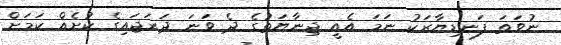
ނުވަތަ ފަނޑިޔާރަކު ނަމަ އެއީ ޖިނާޔަތުގެ ދެ ވަނަ ދަރަޖައިގެ ކުށެއް ކަމަށް